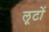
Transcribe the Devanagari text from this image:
लूटों